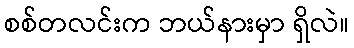
စစ်တလင်းက ဘယ်နားမှာ ရှိလဲ။